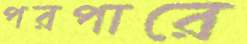
পরপারে